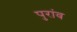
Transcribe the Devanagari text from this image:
पुरांव